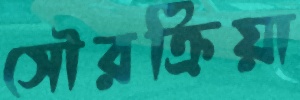
সৌরক্রিয়া